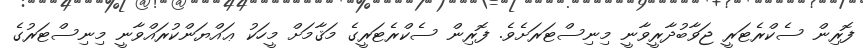
ފޮރިން ސެކްރެޓަރީ ޖަވާބުދާރީވާނީ މިނިސްޓަރަށެވެ. ފޮރިން ސެކްރެޓަރީގެ މަޤާމަށް މީހަކު ޢައްޔަންކުރައްވާނީ މިނިސްޓަރުގެ